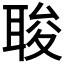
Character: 𮋰